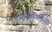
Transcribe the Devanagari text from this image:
मानवनिर्मितही